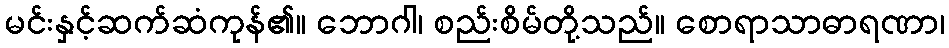
မင်းနှင့်ဆက်ဆံကုန်၏။ ဘောဂါ၊ စည်းစိမ်တို့သည်။ စောရာသာဓာရဏာ၊